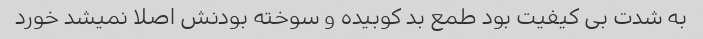
به شدت بی کیفیت بود طمع بد کوبیده و سوخته بودنش اصلا نمیشد خورد